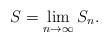
LaTeX: \begin{align*}S = \lim_{n \to \infty} S_{n}.\end{align*}